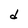
Character: d